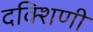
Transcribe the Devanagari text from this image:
दक्शिणी